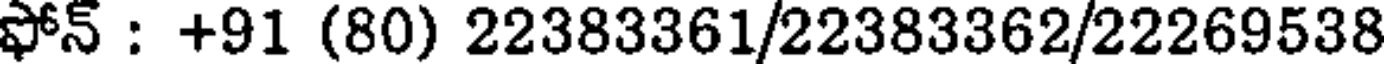
ఫోన్ : +91 (80) 22383361/22383362/22269538